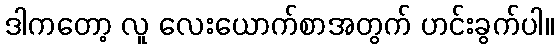
ဒါကတော့ လူ လေးယောက်စာအတွက် ဟင်းခွက်ပါ။